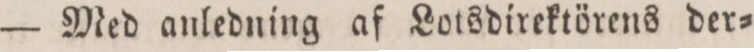
— Med anledning af Lotsdirektörens der=